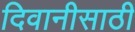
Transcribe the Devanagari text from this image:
दिवानीसाठी